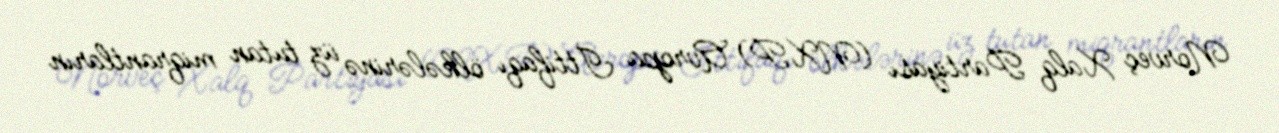
Norveç Xalq Partiyası (NXP) Avropa İttifaqı ölkələrinə üz tutan miqrantların